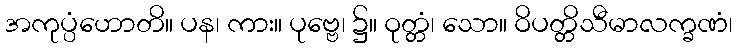
အကုပ္ပံဟောတိ။ ပန၊ ကား။ ပုဗ္ဗေ၊ ၌။ ဝုတ္တံ၊ သော။ ဝိပတ္တိသီမာလက္ခဏံ၊